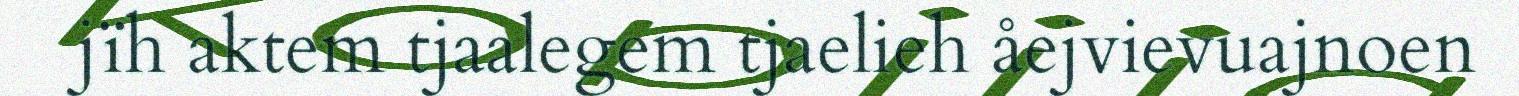
jïh aktem tjaalegem tjaelieh åejvievuajnoen